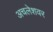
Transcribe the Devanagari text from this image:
अचलेशवर